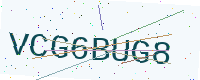
Text: VCG6BUG8